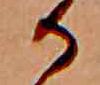
か